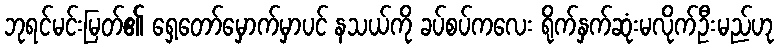
ဘုရင်မင်းမြတ်၏ ရှေ့တော်မှောက်မှာပင် နသယ်ကို ခပ်စပ်ကလေး ရိုက်နှက်ဆုံးမလိုက်ဦးမည်ဟု